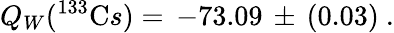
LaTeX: Q_{W}(^{133}{\mathrm Cs})=\, -73.09\, \pm\, (0.03)~.